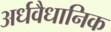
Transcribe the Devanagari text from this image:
अर्धवैधानिक